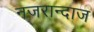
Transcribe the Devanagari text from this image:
नजरान्दाज